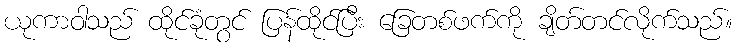
ယုကာဝါသည် ထိုင်ခုံတွင် ပြန်ထိုင်ပြီး ခြေတစ်ဖက်ကို ချိတ်တင်လိုက်သည်။